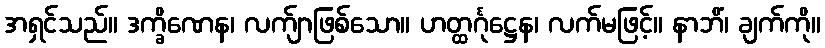
အရှင်သည်။ ဒက္ခိဏေန၊ လက်ျာဖြစ်သော။ ဟတ္ထင်္ဂုဋ္ဌေန၊ လက်မဖြင့်။ နာဘိံ၊ ချက်ကို။